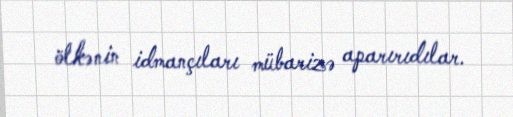
ölkənin idmançıları mübarizə aparırıdılar.